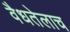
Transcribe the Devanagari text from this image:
वैधतेलाच